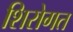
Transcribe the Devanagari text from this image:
शिरोगत